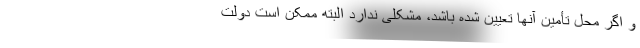
و اگر محل تأمین آنها تعیین شده باشد، مشکلی ندارد البته ممکن است دولت